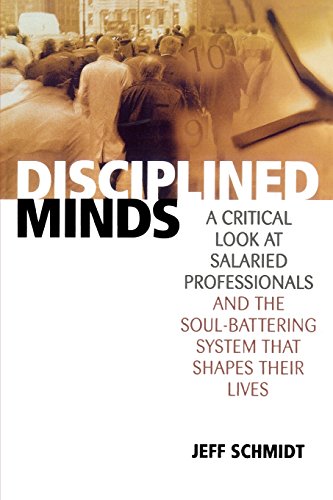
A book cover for Disciplined Minds: A Critical Look at Salaried Professionals and the Soul-battering System That Shapes Their Lives; Jeff Schmidt; Business & Money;